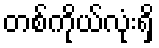
တစ်ကိုယ်လုံးရှိ